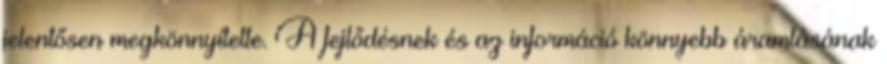
jelentősen megkönnyítette. A fejlődésnek és az információ könnyebb áramlásának